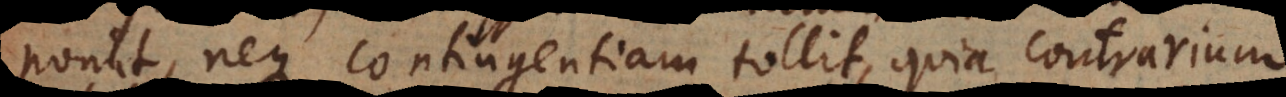
ponit, neque contingentiam tollit, quia contrarium